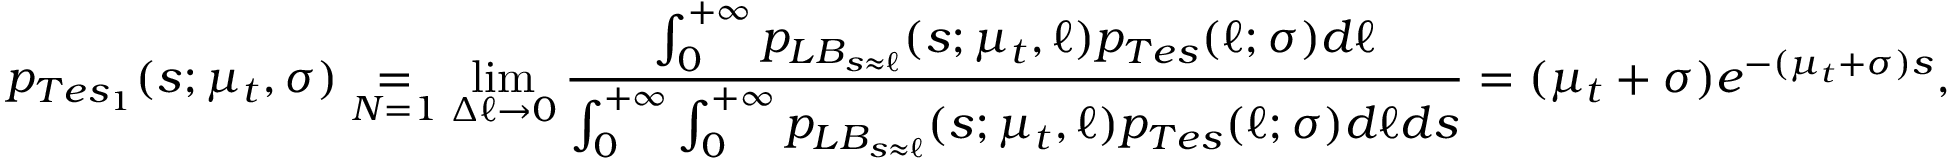
p _ { T e s _ { 1 } } ( s ; \mu _ { t } , \sigma ) \underset { N = 1 } { = } \operatorname* { l i m } _ { \Delta \ell \rightarrow 0 } \frac { \int _ { 0 } ^ { + \infty } p _ { L B _ { s \approx \ell } } ( s ; \mu _ { t } , \ell ) p _ { T e s } ( \ell ; \sigma ) d \ell } { \int _ { 0 } ^ { + \infty } \int _ { 0 } ^ { + \infty } p _ { L B _ { s \approx \ell } } ( s ; \mu _ { t } , \ell ) p _ { T e s } ( \ell ; \sigma ) d \ell d s } = ( \mu _ { t } + \sigma ) e ^ { - ( \mu _ { t } + \sigma ) s } ,